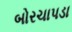
બોરચાપડા